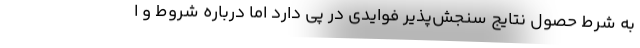
به شرط حصول نتایج سنجش‌پذیر فوایدی در پی دارد اما درباره شروط و ا